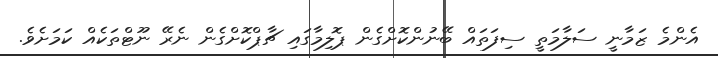
އެންމެ ޒަމާނީ ސަލާމަތީ ސިފަތައް ބޭނުންކޮށްގެން ޕޮލިމާގައި ޗާޕްކޮށްގެން ނެރޭ ނޫޓްތަކެއް ކަމަށެވެ.